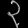
Digit: ၃